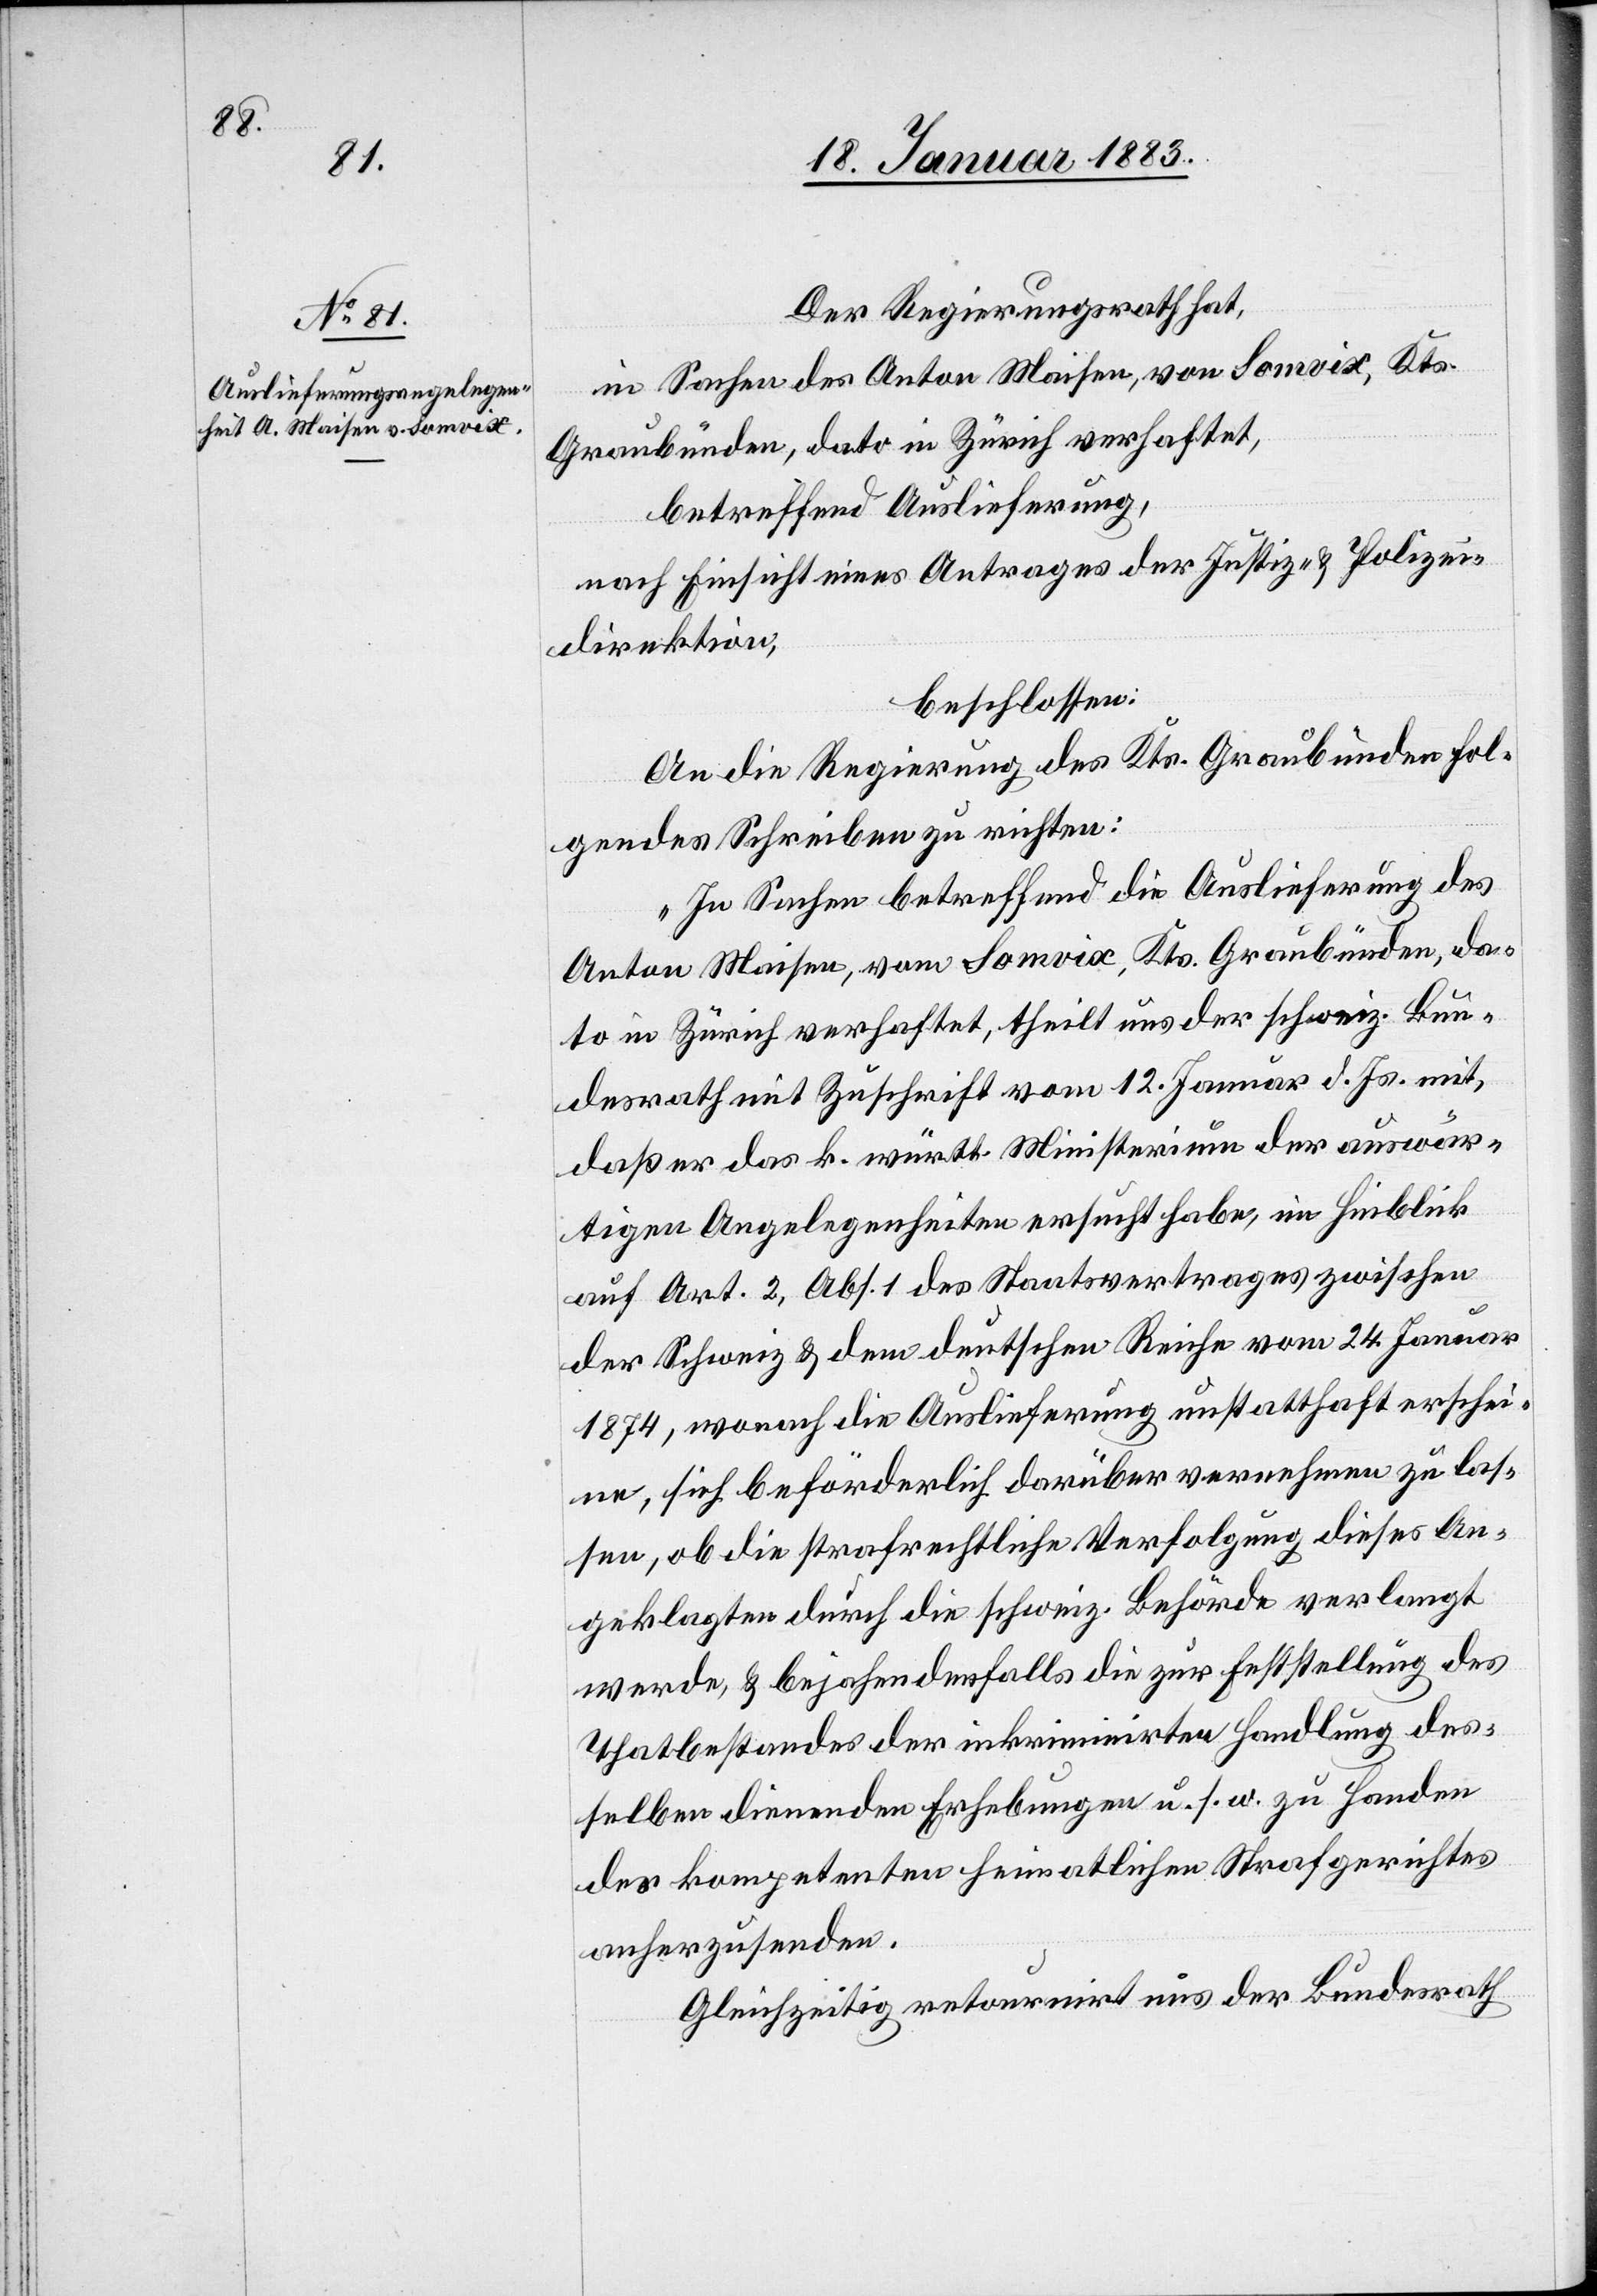
Der Regierungsrath hat,
in Sachen des Anton Maisen, von Somvix, Kts.
Graubünden, dato in Zürich verhaftet,
betreffend Auslieferung,
nach Einsicht eines Antrages der Justiz- & Polizei¬
direktion,
beschlossen:
An die Regierung des Kts. Graubünden fol¬
gendes Schreiben zu richten:
„In Sachen betreffend die Auslieferung des
Anton Maisen, vom [sic!] Somvix, Kts. Graubünden, da¬
to in Zürich verhaftet, theilt uns der schweiz. Bun¬
desrath mit Zuschrift vom 12. Januar d. Js. mit,
daß er das k. württ. Ministerium der auswär¬
tigen Angelegenheiten ersucht habe, im Hinblick
auf Art. 2, Abs. 1 des Staatsvertrages zwischen
der Schweiz & dem deutschen Reiche vom 24. Januar
1874, wonach die Auslieferung unstatthaft erschei¬
ne, sich beförderlich darüber vernehmen zu las¬
sen, ob die strafrechtliche Verfolgung dieses An¬
geklagten durch die schweiz. Behörde verlangt
werde, & bejahendenfalls die zur Erstellung des
Thatbestandes der inkriminirten Handlung des¬
selben dienenden Erhebungen u. s. w. zu Handen
des kompetenten heimatlichen Strafgerichtes
anherzusenden.
Gleichzeitig retournirt uns der Bundesrath